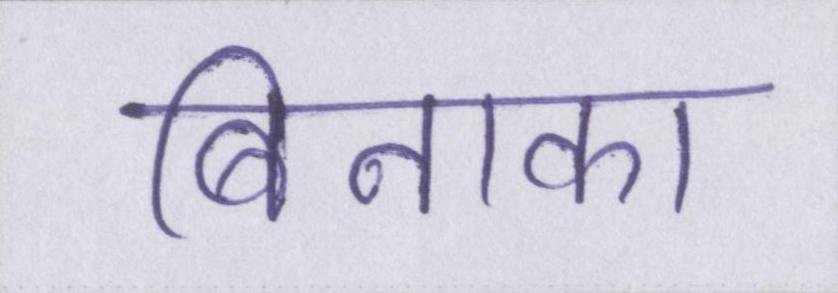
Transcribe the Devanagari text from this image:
बिनाका